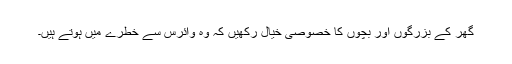
گھر کے بزرگوں اور بچوں کا خصوصی خیال رکھیں کہ وہ وائرس سے خطرے میں ہوتے ہیں۔